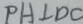
P H \bot D C